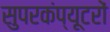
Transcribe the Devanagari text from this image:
सुपरकंप्यूटरों